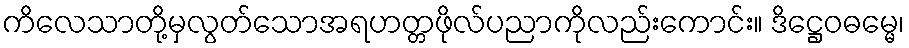
ကိလေသာတို့မှလွတ်သောအရဟတ္တဖိုလ်ပညာကိုလည်းကောင်း။ ဒိဋ္ဌေဝဓမ္မေ၊